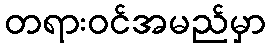
တရားဝင်အမည်မှာ